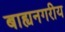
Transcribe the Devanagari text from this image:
बाह्यनगरीय